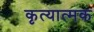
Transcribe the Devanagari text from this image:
कृत्यात्मक